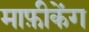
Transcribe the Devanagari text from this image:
माफ़ीकेंग